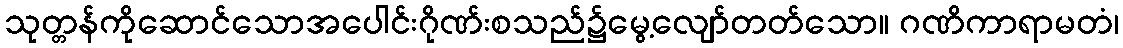
သုတ္တန်ကိုဆောင်သောအပေါင်းဂိုဏ်းစသည်၌မွေ့လျော်တတ်သော။ ဂဏိကာရာမတံ၊